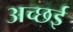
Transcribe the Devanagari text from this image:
अच्छई